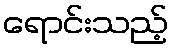
ရောင်းသည့်